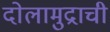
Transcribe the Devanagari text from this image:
दोलामुद्राची